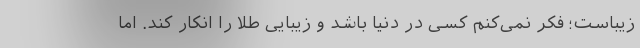
زیباست؛ فکر نمی‌کنم کسی در دنیا باشد و زیبایی طلا را انکار کند. اما